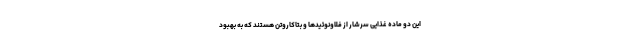
این دو ماده غذایی سرشار از فلاونوئیدها و بتاکاروتن هستند که به بهبود